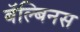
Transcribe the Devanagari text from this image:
बॅल्बिनस